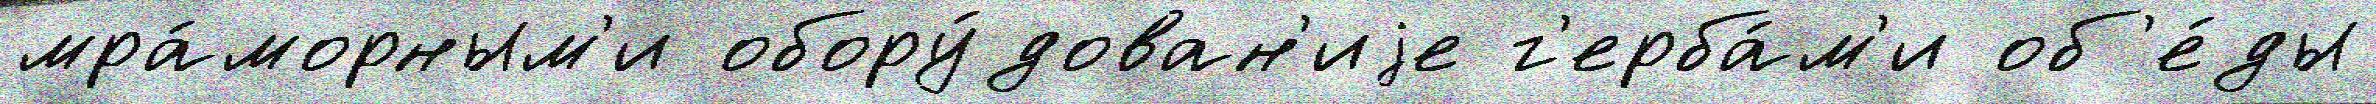
мра́морным'и обору́дован'иjе г'ерба́м'и об'е́ды